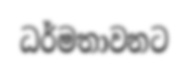
ධර්මතාවනට